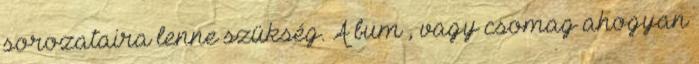
sorozataira lenne szükség. A bum , vagy csomag ahogyan